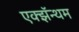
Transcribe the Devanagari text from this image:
एक्झॅन्थम